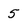
Character: 5